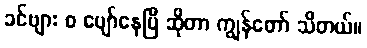
ခင်ဗျား စ ပျော်နေပြီ ဆိုတာ ကျွန်တော် သိတယ်။